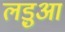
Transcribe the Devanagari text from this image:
लड़ुआ